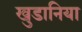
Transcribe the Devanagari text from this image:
खुडानिया